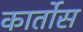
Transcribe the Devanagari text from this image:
कार्तोस